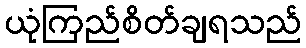
ယုံကြည်စိတ်ချရသည်